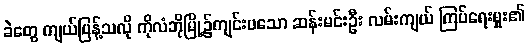
ခဲတွေ ကျယ်ပြန့်သလို ကိုလံဘိုမြို့၌ကျင်းပသော ဆန်းမင်းဦး လမ်းကျယ် ကြပ်ရေးမှူး၏